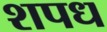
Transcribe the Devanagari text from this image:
शपध